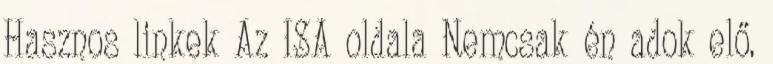
Hasznos linkek Az ISA oldala Nemcsak én adok elő.